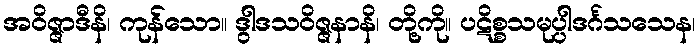
အဝိဇ္ဇာဒီနိ၊ ကုန်သော။ ဒွါဒသဝိဇ္ဇနာနိ၊ တို့ကို။ ပဋိစ္စသမုပ္ပါဒင်္ဂသသေန၊